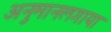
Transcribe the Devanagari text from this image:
अनुमानलगाया